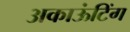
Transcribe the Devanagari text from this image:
अकाऊंटिंग